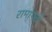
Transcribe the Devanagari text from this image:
रामायती